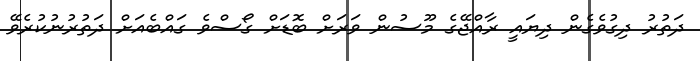
ދަތުރު ދިގުވެގެން ދިޔައީ ރާއްޖޭގެ މޫސުން ވަރަށް ބޮޑަށް ގޯސްވެ ގައްބެއަށް ދަތުރުނުކުރެވޭ